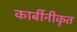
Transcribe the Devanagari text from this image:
कार्बीनीकृत